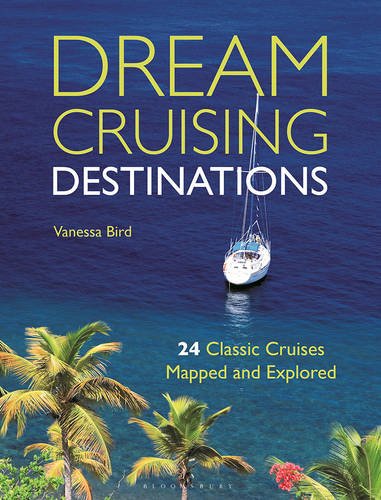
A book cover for Dream Cruising Destinations: 24 Classic Cruises Mapped and Explored; Vanessa Bird; Sports & Outdoors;